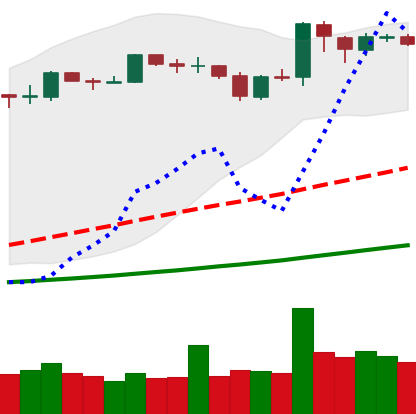
Ticker: BNB-USD
Chart end date: 2019-03-29
Forward return: 13.585%
Label: up_7plus